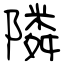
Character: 隣